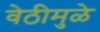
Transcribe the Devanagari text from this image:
वेठीमुळे